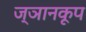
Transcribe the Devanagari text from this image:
ज्ञानकूप